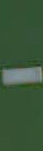
-